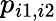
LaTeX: p_{i1,i2}